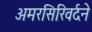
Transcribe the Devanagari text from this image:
अमरसिरिवर्दने